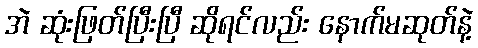
အဲ ဆုံးဖြတ်ပြီးပြီ ဆိုရင်လည်း နောက်မဆုတ်နဲ့